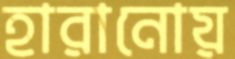
হারানোয়